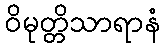
ဝိမုတ္တိသာရာနံ